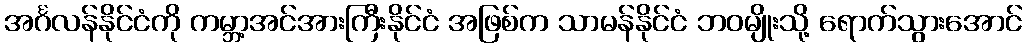
အင်္ဂလန်နိုင်ငံကို ကမ္ဘာ့အင်အားကြီးနိုင်ငံ အဖြစ်က သာမန်နိုင်ငံ ဘဝမျိုးသို့ ရောက်သွားအောင်